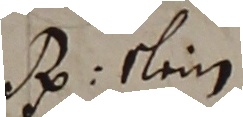
A: sein